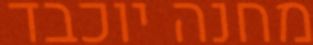
מחנה יוכבד